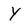
Character: Y